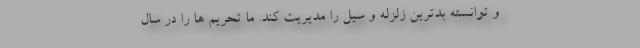
و توانسته بدترین زلزله و سیل را مدیریت کند. ما تحریم ها را در سال